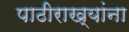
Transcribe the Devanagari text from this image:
पाठीराख्यांना